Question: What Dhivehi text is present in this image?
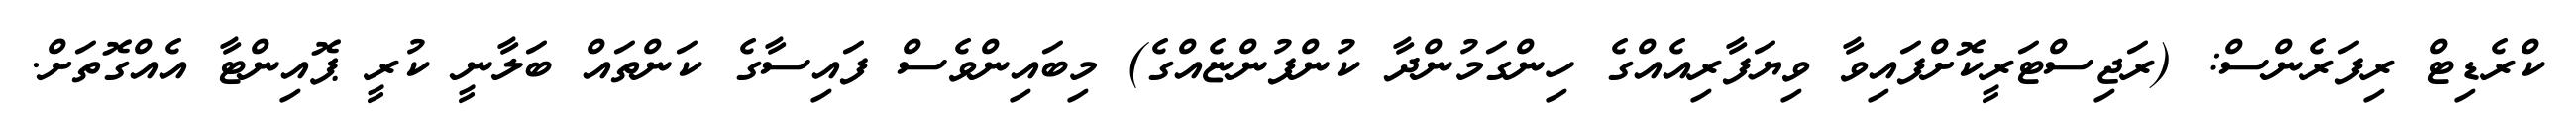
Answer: ކްރެޑިޓް ރިފަރެންސް: (ރަޖިސްޓަރީކޮށްފައިވާ ވިޔަފާރިއެއްގެ ހިންގަމުންދާ ކުންފުންޏެއްގެ) މިބައިންވެސް ފައިސާގެ ކަންތައް ބަލާނީ ކުރީ ޕޮއިންޓާ އެއްގޮތަށް.